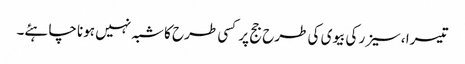
تیسرا ،سیزر کی بیوی کی طرح جج پر کسی طرح کا شبہ نہیں ہونا چاہئے۔